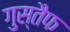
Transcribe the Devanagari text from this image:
गुस्तैफ